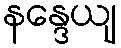
နန္ဒေယျ